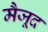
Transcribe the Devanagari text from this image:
मैजूद